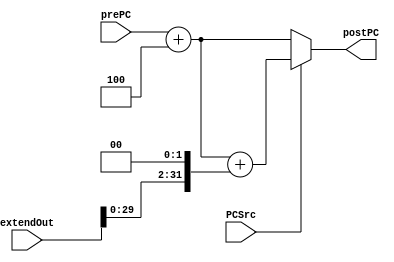
`timescale 1ns / 1ps
//////////////////////////////////////////////////////////////////////////////////
// Company: SYSU
// 
// Design Name: 
// Module Name:    PCCalculator 
// Project Name: 
// Target Devices: 
// Tool versions: 
// Description: 
//
// Dependencies: 
//
// Revision: 
// Revision 0.01 - File Created
// Additional Comments: 
//
//////////////////////////////////////////////////////////////////////////////////

/*
 PC
*/
module PCCalculator(
	input PCSrc,
	input [31:0] prePC,
	input [31:0] extendOut,
	output wire [31:0] postPC
    );
	/*
	PC324PC4
	PCSrc14PCPC+4
	*/ 
	assign postPC = PCSrc ? prePC + 4 + (extendOut << 2) : prePC + 4;
endmodule